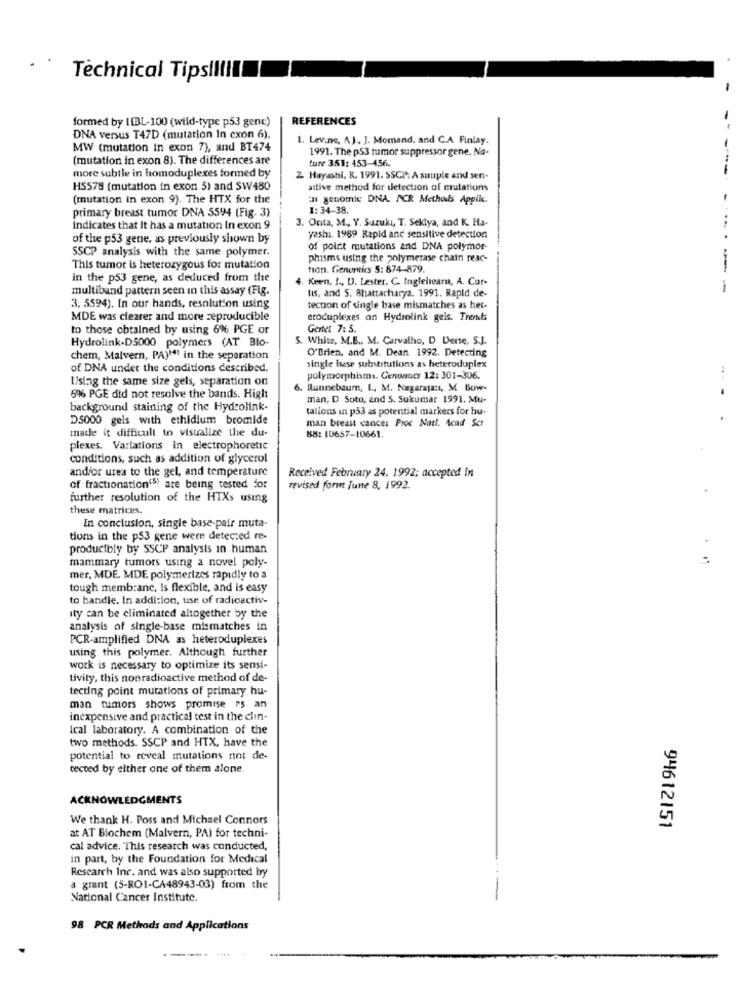
Technical Tipslllllll
formed by [[BL-100 (wild-type p53 genc)
REFERENCES
DNA versus T47D (mutation In cxon 6),
1. Lev.ne, AJ, J. Momand, and C.A Finlay.
MW (mutation in exon 7), and BT474
1991. The p53 tumor suppressor gene. Na-
(mutation in exon 8). The differences are
ture 3.51: 453-456.
--
more subtle in homoduplexes formed by
2 Hayashi, R. 1991. SSCP: A sample and sen-
H5578 (mutation in exon 5) and SW480
ative method for detection of crutations
(mutation in exon 9). The HTX for the
in genomle DNA. ACR Methods Appile.
primary breast tumor DNA 5594 (Fig. 3)
1: 34-38.
3. Orta, M ., Y. Suzuki, T. Seklya, and K. Ha-
indicates that It has a mutation In exon 9
of the p53 gene, as previously shown by
yeshı. 1989 Rapid anc sensitive detection
SSCP analysis with the same polymer.
of point mutations and DNA polymor-
phisms using the polymerase chain resc-
This tumor is heterozygous for mutation
tion. Generics S: 874-879
In the p53 gene, as deduced from the
. Keen, I ., D. Lester, C. Ingleheart, A. Cut-
multiband pattern seen in this assay (Fig.
tis, and S. Bhattacharya. 1991. Rapid de-
-
3, 5594). In our hands, resolution using
tection of single base mismatches as her-
MDE was clearer and more reproducible
eroduplexes an Hydrolink geis. Trennt
to those obtained by using 6% PGE or
Gentet 7: 5.
Hydrolink.DS000 polymers (AT Blo-
S. White, M.B ., M. Carvalho, D Derse, S.J.
O'Brien, and M. Dean 1992. Detecting
chem, Malvern, PA)"" in the separation
of DNA under the conditions described.
single hase substitutions as heteroduplex
Using the same size gels, separation on
polymorphisms. Genomucs 12: 301-306.
6. Runnebaum, L, M. Nagarajanı, M Bow-
6% PGE did not resolve the bands. High
man, D Soto, and 5. Sukumar 1991. Mu-
background staining of the Hydrolink-
talions in p33 as potential markers for hu-
D5000 gels with ethidium bromide
man breast cancer Proc Natl. Acad Set
made it difficult to visualize the du-
88: 10657-10661.
plexes. Variations in electrophoretic
conditions, such as addition of glycerol
and/or ures to the gel, and temperature
Received February 24, 1992; accepted in
of fractionation'" are being tested for
revised form Junte 8, 1992.
further resolution of the HTXs using
these matrices.
In conclusion, single base-pair muta-
tions in the p53 gene were detected re-
productbly by SSCP analysis in human
mammary tumors using a novel poly-
mer, MDE. MDE polymerizes rapidly to a
tough membrane, Is flexible, and is easy
to handle. In addition, use of radioactiv-
ity can be eliminated altogether by the
analysis of single-base mismatches in
PCR-amplified DNA as heteroduplexes
using this polymer. Although further
work is necessary to optimize its sensi-
tivity, this nonradioactive method of de-
tecting point mutations of primary hu-
man tumors shows promise ps an
inexpensive and practical test in the clin-
Ical laboratory. A combination of the
two methods. SSCP and HTX, have the
potential to reveal mutations nint de-
tected by either one of them alone.
ACKNOWLEDGMENTS
We thank H. Poss and Michael Connors
94612151
at AT Biochem (Malvern, PA) for techni-
cal advice. "This research was conducted,
in part, by the Foundation for Medical
Research Inr. and was also supported by
a grant (5-ROI-CA48943-03) from the
National Cancer Institute.
98 PCR Methods and Applications
----